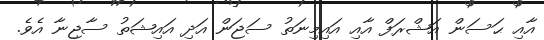
އާއި ޙަސަން އަޝްރަފް އާއި އައިމިނަތު ސަޖަން އަދި އައިޝަތު ސާޖިނާ އެވެ.